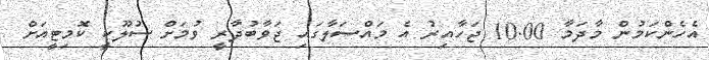
އެހެންކަމުން މާދަމާ 10.00 ޖަހާއިރު އެ މައްސަލާގައި ޖަވާބުދާރީ ވުމަށް ސުލޫކީ ކޮމިޓީއަށް